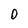
Character: 0